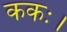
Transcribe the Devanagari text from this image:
ककः।